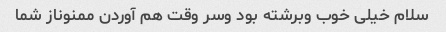
سلام خیلی خوب وبرشته بود وسر وقت هم آوردن ممنوناز شما